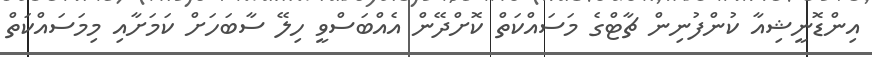
އިންޑޮނީޝިއާ ކުންފުނިން ޗާޓްގެ މަސައްކަތް ކޮށްދޭން އެއްބަސްވީ ހިލޭ ސާބަހަށް ކަމަށާއި މިމަސައްކަތް